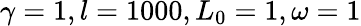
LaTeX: \gamma=1,l=1000,L_{0}=1,\omega=1